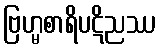
ဗြဟ္မစာရိပဋိညဿ